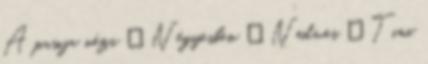
A pasija nézi ▪ Négyesben ▪ Nedves ▪ Tini